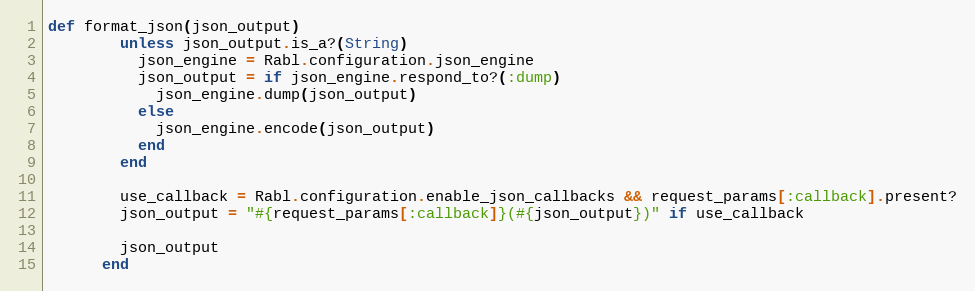
Language: Ruby
def format_json(json_output)
        unless json_output.is_a?(String)
          json_engine = Rabl.configuration.json_engine
          json_output = if json_engine.respond_to?(:dump)
            json_engine.dump(json_output)
          else
            json_engine.encode(json_output)
          end
        end

        use_callback = Rabl.configuration.enable_json_callbacks && request_params[:callback].present?
        json_output = "#{request_params[:callback]}(#{json_output})" if use_callback

        json_output
      end